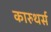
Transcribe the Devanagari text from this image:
कारुथर्स